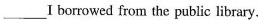
___ I borrowed from the public library.